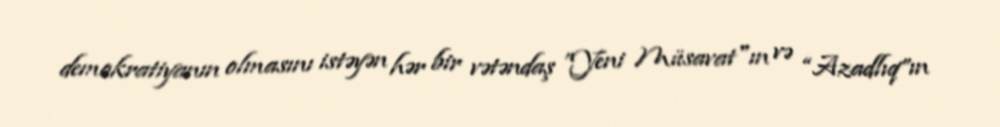
demokratiyanın olmasını istəyən hər bir vətəndaş ”Yeni Müsavat"ın və “Azadlıq”ın